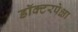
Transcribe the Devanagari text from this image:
डॉक्टरपेक्षा